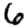
Digit: 6